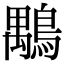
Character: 𪃍